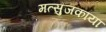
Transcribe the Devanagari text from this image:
मत्सुजकाया